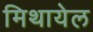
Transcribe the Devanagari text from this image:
मिथायेल